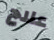
علاج